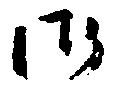
御